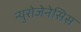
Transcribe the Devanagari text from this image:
न्युरोजेनेसिस